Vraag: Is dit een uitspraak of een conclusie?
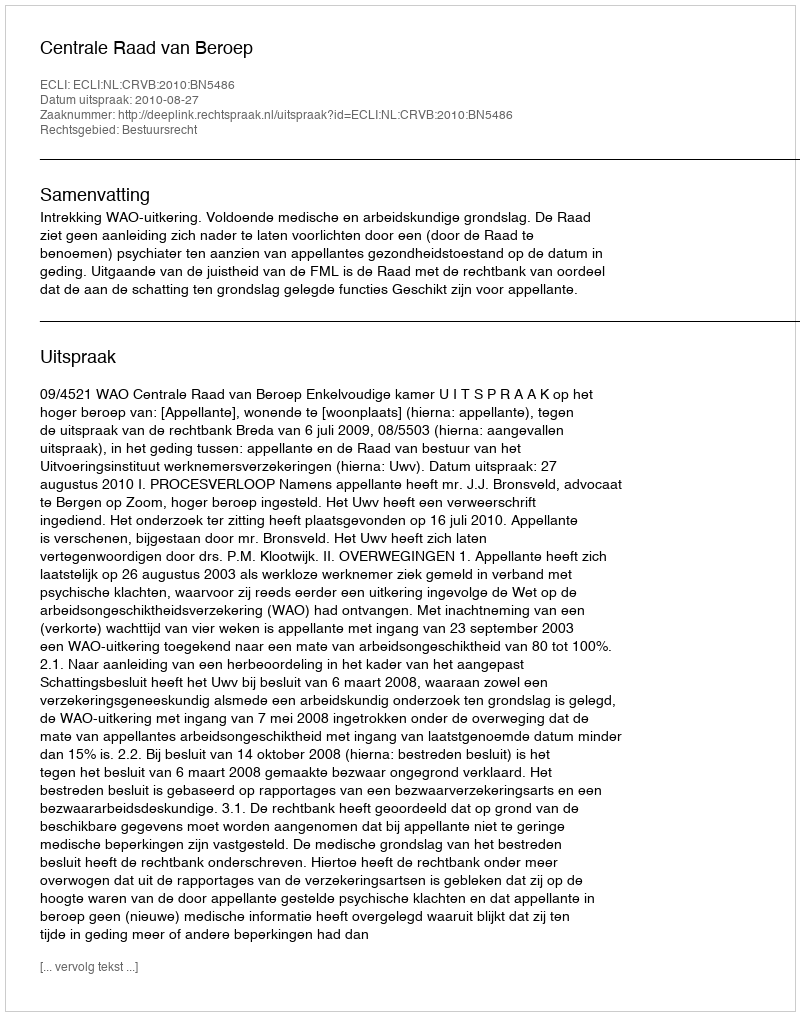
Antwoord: Uitspraak